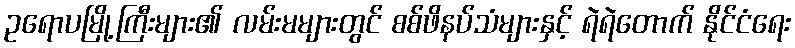
ဥရောပမြို့ကြီးများ၏ လမ်းမများတွင် စစ်ဖိနပ်သံများနှင့် ရဲရဲတောက် နိုင်ငံရေး